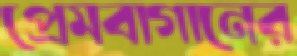
প্রেমবাগানের